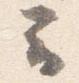
云